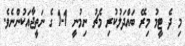
މި ދެ ޓީމު މިރޭ ބައްދަލުކުރި މެޗު ނިމުނީ 1-1 ގެ ނަތީޖާއަކުންނެވެ.